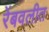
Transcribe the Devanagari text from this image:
रेंबवलीत